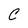
Character: C